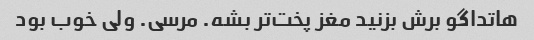
هاتداگو برش بزنید مغز پخت‌تر بشه. مرسی. ولی خوب بود